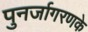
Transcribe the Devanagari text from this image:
पुनर्जागरणके